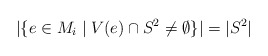
\begin{align*} |\{e\in M_i\mid V(e)\cap S^2\neq \emptyset\}| &= |S^2| \end{align*}